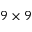
9 \times 9